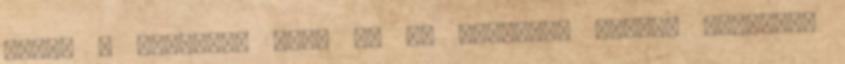
lenni A soraidat akár mi is írhattuk volna. Mindjárt